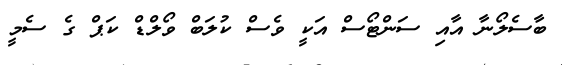
ބާސެލޯނާ އާއި ސަންޓޯސް އަކީ ވެސް ކުލަބް ވޯލްޑް ކަޕް ގެ ސެމީ